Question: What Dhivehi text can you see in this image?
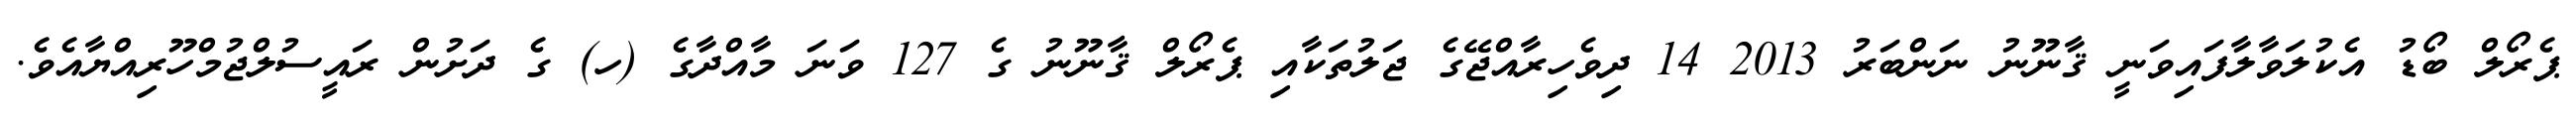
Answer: ޕެރޯލް ބޯޑު އެކުލަވާލާފައިވަނީ ޤާނޫނު ނަންބަރު 2013 14 ދިވެހިރާއްޖޭގެ ޖަލުތަކާއި ޕެރޯލް ޤާނޫނު ގެ 127 ވަނަ މާއްދާގެ (ހ) ގެ ދަށުން ރައީސުލްޖުމްހޫރިއްޔާއެވެ.